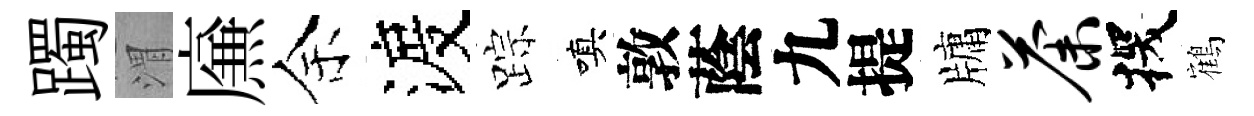
躅渭㢘余渡踪嗔敦蔭九提牗荼探鶴